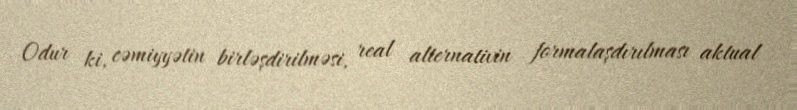
Odur ki, cəmiyyətin birləşdirilməsi, real alternativin formalaşdırılması aktual